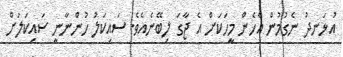
އުޅަނދު ނެގުމުން އެހެން މީހަކަށް އެ ޖާގަަ ލިބޭނެއެވެ. ސައިކަލު ހުންނާނީ ސައިކަލަށް